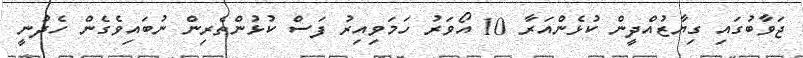
ޖަވާބުގައި ގިޔާޒުއްދީން ކުޅެންއަރާ 10 އޯވަރު ހަމަވިއިރު ފަސް ކުޅުންތެރިން ނުބައިވެގެން ހެދުނީ